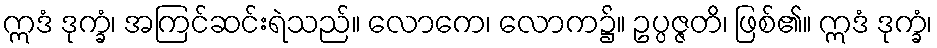
ဣဒံ ဒုက္ခံ၊ အကြင်ဆင်းရဲသည်။ လောကေ၊ လောက၌။ ဥပ္ပဇ္ဇတိ၊ ဖြစ်၏။ ဣဒံ ဒုက္ခံ၊